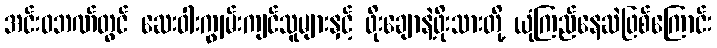
အင်းဝဘဏ်တွင် ဆေးဝါးကျွမ်းကျင်သူများနှင့် ဖိုးချောနဲ့ဖိုးသားတို့ ယုံကြည်နေဆဲဖြစ်ကြောင်း